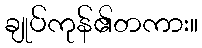
ချုပ်ကုန်၏တကား။